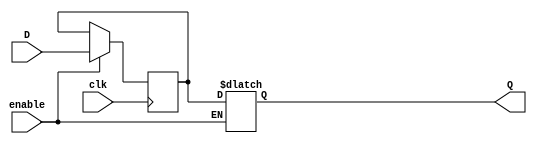
module T_latch(input wire clk, input wire enable, input wire D,
               output reg Q);

    reg D_ff;

    always @(posedge clk) begin
        if (enable) begin
            D_ff <= D;
        end
    end

    always @(*) begin
        if (!enable) begin
            Q <= Q;
        end else begin
            Q <= D_ff;
        end
    end

endmodule